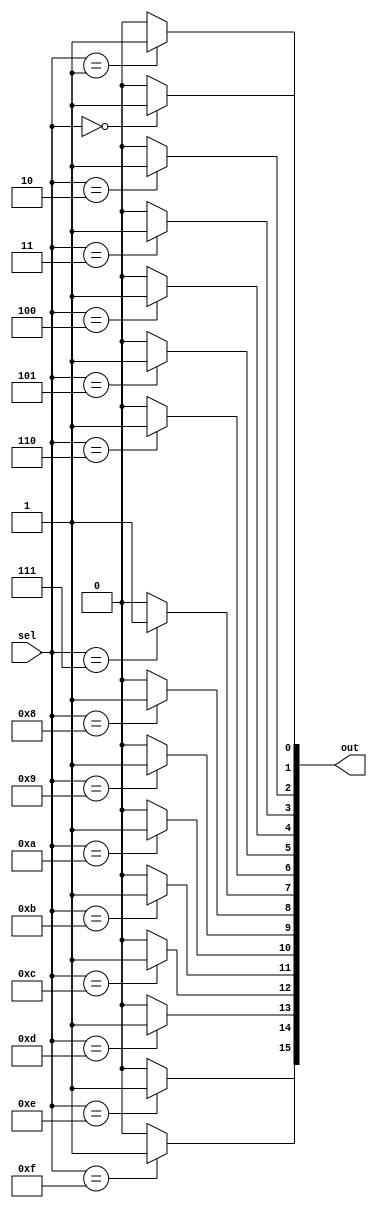
module demux_4to16 (input [3:0] sel,
                        output [15:0] out);

  assign out[0] = (sel == 4'b0000) ? 1'b1 : 1'b0;
  assign out[1] = (sel == 4'b0001) ? 1'b1 : 1'b0;
  assign out[2] = (sel == 4'b0010) ? 1'b1 : 1'b0;
  assign out[3] = (sel == 4'b0011) ? 1'b1 : 1'b0;
  assign out[4] = (sel == 4'b0100) ? 1'b1 : 1'b0;
  assign out[5] = (sel == 4'b0101) ? 1'b1 : 1'b0;
  assign out[6] = (sel == 4'b0110) ? 1'b1 : 1'b0;
  assign out[7] = (sel == 4'b0111) ? 1'b1 : 1'b0;
  assign out[8] = (sel == 4'b1000) ? 1'b1 : 1'b0;
  assign out[9] = (sel == 4'b1001) ? 1'b1 : 1'b0;
  assign out[10] = (sel == 4'b1010) ? 1'b1 : 1'b0;
  assign out[11] = (sel == 4'b1011) ? 1'b1 : 1'b0;
  assign out[12] = (sel == 4'b1100) ? 1'b1 : 1'b0;
  assign out[13] = (sel == 4'b1101) ? 1'b1 : 1'b0;
  assign out[14] = (sel == 4'b1110) ? 1'b1 : 1'b0;
  assign out[15] = (sel == 4'b1111) ? 1'b1 : 1'b0;

endmodule